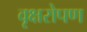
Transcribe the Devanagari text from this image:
वृक्षरोपण